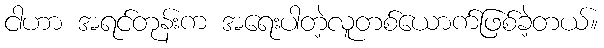
ငါဟာ အရင်တုန်းက အရေးပါတဲ့လူတစ်ယောက်ဖြစ်ခဲ့တယ်။